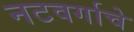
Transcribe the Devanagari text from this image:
नटवर्गाचे